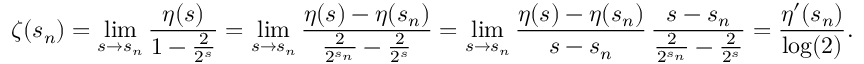
\zeta ( s _ { n } ) = \operatorname* { l i m } _ { s \to s _ { n } } { \frac { \eta ( s ) } { 1 - { \frac { 2 } { 2 ^ { s } } } } } = \operatorname* { l i m } _ { s \to s _ { n } } { \frac { \eta ( s ) - \eta ( s _ { n } ) } { { \frac { 2 } { 2 ^ { s _ { n } } } } - { \frac { 2 } { 2 ^ { s } } } } } = \operatorname* { l i m } _ { s \to s _ { n } } { \frac { \eta ( s ) - \eta ( s _ { n } ) } { s - s _ { n } } } \, { \frac { s - s _ { n } } { { \frac { 2 } { 2 ^ { s _ { n } } } } - { \frac { 2 } { 2 ^ { s } } } } } = { \frac { \eta ^ { \prime } ( s _ { n } ) } { \log ( 2 ) } } .